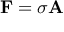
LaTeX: \mathbf { F } = \sigma \mathbf { A }